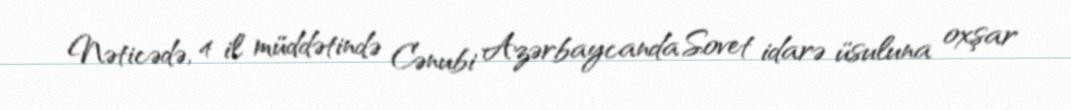
Nəticədə, 4 il müddətində Cənubi Azərbaycanda Sovet idarə üsuluna oxşar